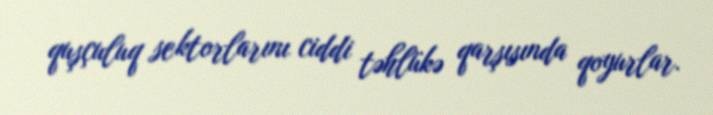
quşçuluq sektorlarını ciddi təhlükə qarşısında qoyurlar.